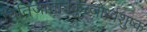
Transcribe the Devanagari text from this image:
चितिजाताः।कुब्जोर्ध्वशुष्क